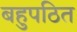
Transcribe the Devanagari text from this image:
बहुपठित